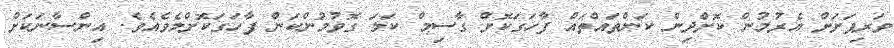
ވަރިފަށަށް އެރުމުން ކޮށްދިން ކަންތައްތައް ފާހަގަކޮށް ގާސިމް ކަލަ ގޮވުމުންކަން ފާހަގަކޮށްލެވެއެވެ. އިންސާނަކަށް